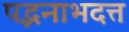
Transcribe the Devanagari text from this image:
पद्भनाभदत्त